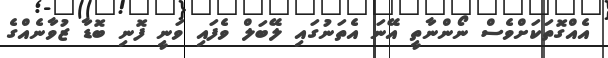
އެއްގޮތަކަށްވެސް ނޯންނާތީ އޭނަ އެތަނުގައި ލޭބަލް ވެފައި ވަނީ ފޮނި ބޮޑާ ޒުވާނެއްގެ